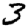
Digit: 3